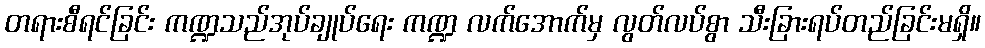
တရားစီရင်ခြင်း ကဏ္ဍသည်အုပ်ချုပ်ရေး ကဏ္ဍ လက်အောက်မှ လွတ်လပ်စွာ သီးခြားရပ်တည်ခြင်းမရှိ။